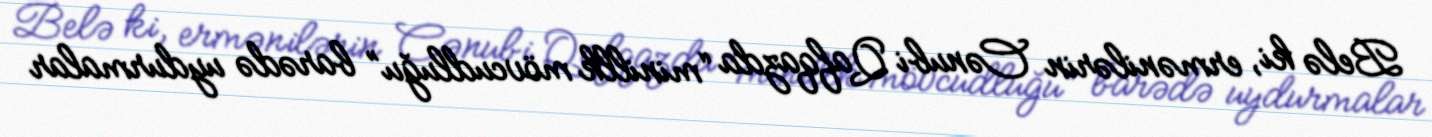
Belə ki, ermənilərin Cənubi Qafqazda “minillk mövcudluğu” barədə uydurmalar